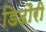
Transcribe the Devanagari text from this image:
डिढौरी